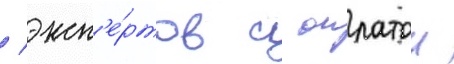
/ эксп'е́ртов с оплатои